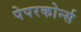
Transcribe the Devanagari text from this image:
पेपरकोर्न्स